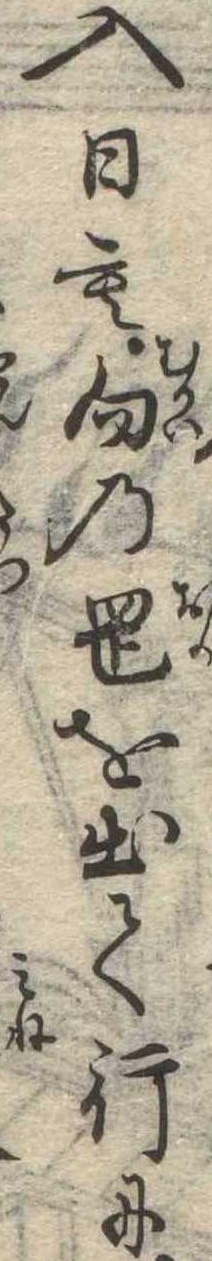
入日も向の岡を出て行に